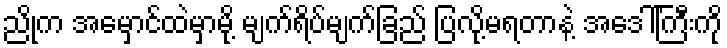
ညိုက အမှောင်ထဲမှာမို့ မျက်ရိပ်မျက်ခြည် ပြလို့မရတာနဲ့ အဒေါ်ကြီးကို